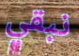
نبقي